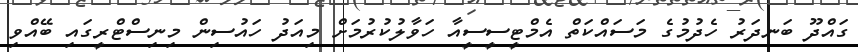
ގައްދޫ ބަނދަރު ހެދުމުގެ މަސައްކަތް އެމްޓީސީސީއާ ހަވާލުކުރުމަށް މިއަދު ހައުސިން މިނިސްޓްރީގައި ބޭއްވި